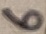
Text: 6